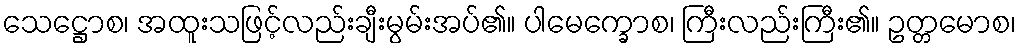
သေဋ္ဌောစ၊ အထူးသဖြင့်လည်းချီးမွမ်းအပ်၏။ ပါမေက္ခောစ၊ ကြီးလည်းကြီး၏။ ဥတ္တမောစ၊